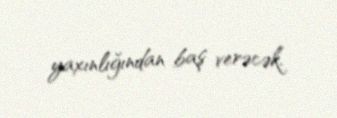
yaxınlığından baş verəcək.